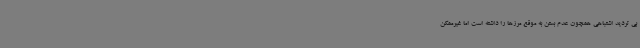
بی تردید اشتباهی همچون عدم بستن به موقع مرزها را داشته است اما غیرممکن